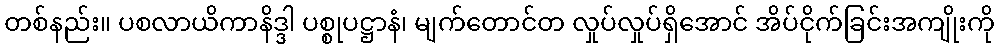
တစ်နည်း။ ပစလာယိကာနိဒ္ဒါ ပစ္စုပဋ္ဌာနံ၊ မျက်တောင်တ လှုပ်လှုပ်ရှိအောင် အိပ်ငိုက်ခြင်းအကျိုးကို